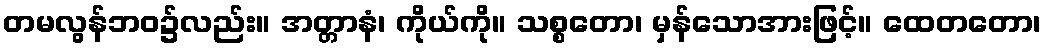
တမလွန်ဘဝ၌လည်း။ အတ္တာနံ၊ ကိုယ်ကို။ သစ္စတော၊ မှန်သောအားဖြင့်။ ထေတတော၊